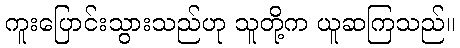
ကူးပြောင်းသွားသည်ဟု သူတို့က ယူဆကြသည်။